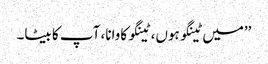
’’میں ٹینگو ہوں، ٹینگو کاوانا، آپ کا بیٹا۔